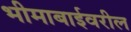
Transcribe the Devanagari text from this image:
भीमाबाईवरील